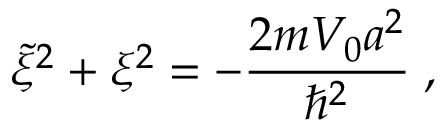
\tilde { \xi } ^ { 2 } + \xi ^ { 2 } = - \frac { 2 m V _ { 0 } a ^ { 2 } } { \hbar ^ { 2 } } \; ,